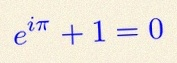
e^{i\pi}+1=0